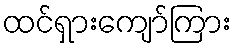
ထင်ရှားကျော်ကြား